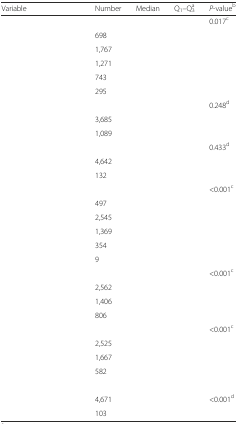
<table><thead><tr><td><b>Variable</b></td><td><b>Number</b></td><td><b>Median</b></td><td><b>Q<sub>1</sub>–Q<sub>3</sub><sup>a</sup></b></td><td><b><i>P</i>-value<sup>b</sup></b></td></tr></thead><tbody><tr><td>[EMPTY_CELL]</td><td>[EMPTY_CELL]</td><td>[EMPTY_CELL]</td><td>[EMPTY_CELL]</td><td>0.017<sup>c</sup></td></tr><tr><td>[EMPTY_CELL]</td><td>698</td><td>[EMPTY_CELL]</td><td>[EMPTY_CELL]</td><td>[EMPTY_CELL]</td></tr><tr><td>[EMPTY_CELL]</td><td>1,767</td><td>[EMPTY_CELL]</td><td>[EMPTY_CELL]</td><td>[EMPTY_CELL]</td></tr><tr><td>[EMPTY_CELL]</td><td>1,271</td><td>[EMPTY_CELL]</td><td>[EMPTY_CELL]</td><td>[EMPTY_CELL]</td></tr><tr><td>[EMPTY_CELL]</td><td>743</td><td>[EMPTY_CELL]</td><td>[EMPTY_CELL]</td><td>[EMPTY_CELL]</td></tr><tr><td>[EMPTY_CELL]</td><td>295</td><td>[EMPTY_CELL]</td><td>[EMPTY_CELL]</td><td>[EMPTY_CELL]</td></tr><tr><td>[EMPTY_CELL]</td><td>[EMPTY_CELL]</td><td>[EMPTY_CELL]</td><td>[EMPTY_CELL]</td><td>0.248<sup>d</sup></td></tr><tr><td>[EMPTY_CELL]</td><td>3,685</td><td>[EMPTY_CELL]</td><td>[EMPTY_CELL]</td><td>[EMPTY_CELL]</td></tr><tr><td>[EMPTY_CELL]</td><td>1,089</td><td>[EMPTY_CELL]</td><td>[EMPTY_CELL]</td><td>[EMPTY_CELL]</td></tr><tr><td>[EMPTY_CELL]</td><td>[EMPTY_CELL]</td><td>[EMPTY_CELL]</td><td>[EMPTY_CELL]</td><td>0.433<sup>d</sup></td></tr><tr><td>[EMPTY_CELL]</td><td>4,642</td><td>[EMPTY_CELL]</td><td>[EMPTY_CELL]</td><td>[EMPTY_CELL]</td></tr><tr><td>[EMPTY_CELL]</td><td>132</td><td>[EMPTY_CELL]</td><td>[EMPTY_CELL]</td><td>[EMPTY_CELL]</td></tr><tr><td>[EMPTY_CELL]</td><td>[EMPTY_CELL]</td><td>[EMPTY_CELL]</td><td>[EMPTY_CELL]</td><td>&lt;0.001<sup>c</sup></td></tr><tr><td>[EMPTY_CELL]</td><td>497</td><td>[EMPTY_CELL]</td><td>[EMPTY_CELL]</td><td>[EMPTY_CELL]</td></tr><tr><td>[EMPTY_CELL]</td><td>2,545</td><td>[EMPTY_CELL]</td><td>[EMPTY_CELL]</td><td>[EMPTY_CELL]</td></tr><tr><td>[EMPTY_CELL]</td><td>1,369</td><td>[EMPTY_CELL]</td><td>[EMPTY_CELL]</td><td>[EMPTY_CELL]</td></tr><tr><td>[EMPTY_CELL]</td><td>354</td><td>[EMPTY_CELL]</td><td>[EMPTY_CELL]</td><td>[EMPTY_CELL]</td></tr><tr><td>[EMPTY_CELL]</td><td>9</td><td>[EMPTY_CELL]</td><td>[EMPTY_CELL]</td><td>[EMPTY_CELL]</td></tr><tr><td>[EMPTY_CELL]</td><td>[EMPTY_CELL]</td><td>[EMPTY_CELL]</td><td>[EMPTY_CELL]</td><td>&lt;0.001<sup>c</sup></td></tr><tr><td>[EMPTY_CELL]</td><td>2,562</td><td>[EMPTY_CELL]</td><td>[EMPTY_CELL]</td><td>[EMPTY_CELL]</td></tr><tr><td>[EMPTY_CELL]</td><td>1,406</td><td>[EMPTY_CELL]</td><td>[EMPTY_CELL]</td><td>[EMPTY_CELL]</td></tr><tr><td>[EMPTY_CELL]</td><td>806</td><td>[EMPTY_CELL]</td><td>[EMPTY_CELL]</td><td>[EMPTY_CELL]</td></tr><tr><td>[EMPTY_CELL]</td><td>[EMPTY_CELL]</td><td>[EMPTY_CELL]</td><td>[EMPTY_CELL]</td><td>&lt;0.001<sup>c</sup></td></tr><tr><td>[EMPTY_CELL]</td><td>2,525</td><td>[EMPTY_CELL]</td><td>[EMPTY_CELL]</td><td>[EMPTY_CELL]</td></tr><tr><td>[EMPTY_CELL]</td><td>1,667</td><td>[EMPTY_CELL]</td><td>[EMPTY_CELL]</td><td>[EMPTY_CELL]</td></tr><tr><td>[EMPTY_CELL]</td><td>582</td><td>[EMPTY_CELL]</td><td>[EMPTY_CELL]</td><td>[EMPTY_CELL]</td></tr><tr><td>[EMPTY_CELL]</td><td>[EMPTY_CELL]</td><td>[EMPTY_CELL]</td><td>[EMPTY_CELL]</td><td>[EMPTY_CELL]</td></tr><tr><td>[EMPTY_CELL]</td><td>4,671</td><td>[EMPTY_CELL]</td><td>[EMPTY_CELL]</td><td>&lt;0.001<sup>d</sup></td></tr><tr><td>[EMPTY_CELL]</td><td>103</td><td>[EMPTY_CELL]</td><td>[EMPTY_CELL]</td><td>[EMPTY_CELL]</td></tr></tbody></table>